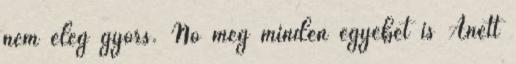
nem elég gyors. No meg minden egyebet is Anett